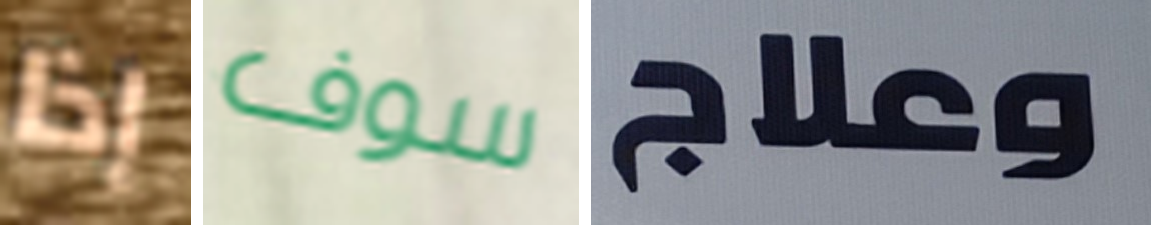
إذا سوف وعلاج